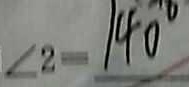
\angle 2 = 1 4 0 ^ { \circ }